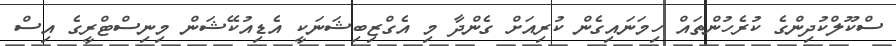
ސްކޫލްކުދިންގެ ކުރެހުންތައް ހިމަނައިގެން ކުރިއަށް ގެންދާ މި އެގްޒިބިޝަނަކީ އެޑިއުކޭޝަން މިނިސްޓްރީގެ އިސް